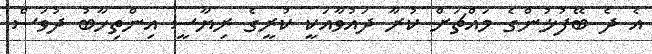
އެ ދެ ބޭފުޅުންގެ މައްޗަށް ކުރާ ދައުވާއަކީ ކުރީގެ ރިޔާސީ އިންތިހާބު ދުވަސް